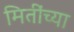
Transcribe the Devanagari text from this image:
मितींच्या